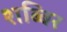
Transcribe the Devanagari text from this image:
शब्बिर